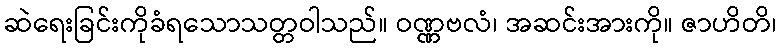
ဆဲရေးခြင်းကိုခံရသောသတ္တဝါသည်။ ဝဏ္ဏဗလံ၊ အဆင်းအားကို။ ဇာဟိတိ၊